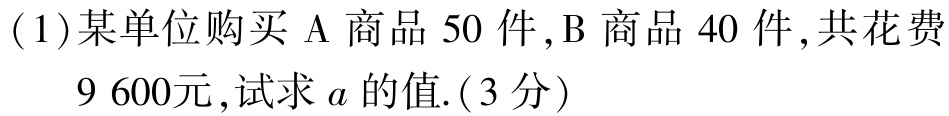
(1)某单位购买$\mathrm{A}$商品$50$件,$\mathrm{B}$商品$40$件,共花费$9\ 600$元,试求$a$的值.(3分)